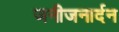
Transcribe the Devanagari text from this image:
जनीजनार्दन